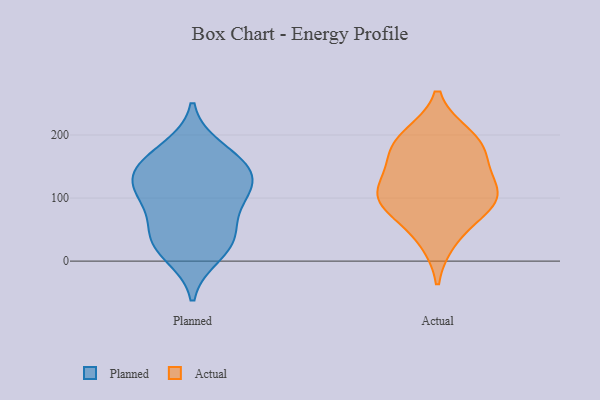
{"axis": {"x": "Satisfaction Score", "y": "Value"}, "legend": ["Actual", "Planned"], "data": [{"x": "", "y": 100, "type": "Planned"}, {"x": "", "y": 130, "type": "Planned"}, {"x": "", "y": 147, "type": "Planned"}, {"x": "", "y": 93, "type": "Planned"}, {"x": "", "y": 161, "type": "Planned"}, {"x": "", "y": 44, "type": "Planned"}, {"x": "", "y": 113, "type": "Planned"}, {"x": "", "y": 31, "type": "Planned"}, {"x": "", "y": 36, "type": "Planned"}, {"x": "", "y": 10, "type": "Planned"}, {"x": "", "y": 178, "type": "Planned"}, {"x": "", "y": 138, "type": "Planned"}, {"x": "", "y": 111, "type": "Actual"}, {"x": "", "y": 113, "type": "Actual"}, {"x": "", "y": 191, "type": "Actual"}, {"x": "", "y": 106, "type": "Actual"}, {"x": "", "y": 174, "type": "Actual"}, {"x": "", "y": 34, "type": "Actual"}, {"x": "", "y": 89, "type": "Actual"}, {"x": "", "y": 198, "type": "Actual"}, {"x": "", "y": 158, "type": "Actual"}, {"x": "", "y": 82, "type": "Actual"}]}